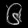
Digit: ၆